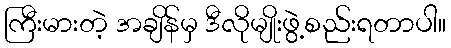
ကြီးမားတဲ့ အချိန်မှ ဒီလိုမျိုးဖွဲ့စည်းရတာပါ။